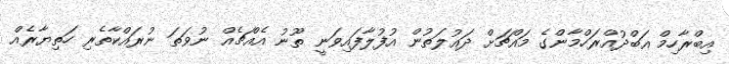
އިބްރާހިމް އަބްދުއްރަހްމާންގެ މައްޗަށް ދައުލަތުން އުފުލާފައިވަނީ ތޫނު އެއްޗެއް ނުވަތަ ނުރައްކާތެރި ހަތިޔާރެއް